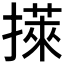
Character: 𢵭